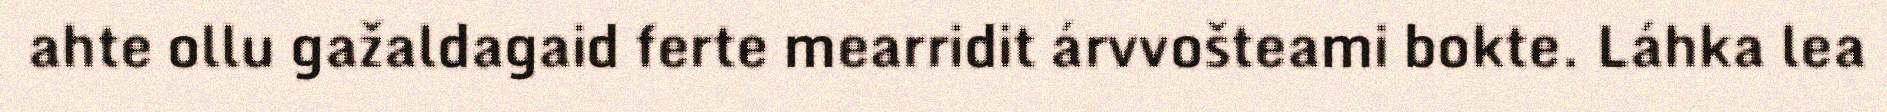
ahte ollu gažaldagaid ferte mearridit árvvošteami bokte. Láhka lea